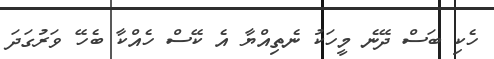
ހެކި ބަސް ދޭނެ މީހަކު ނެތިއްޔާ އެ ކޭސް ހެއްކާ ބެހޭ ވަރުގަދަ